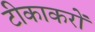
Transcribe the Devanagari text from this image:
टीकाकरों